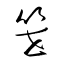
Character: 笹